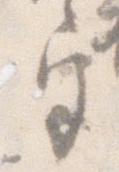
宮